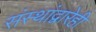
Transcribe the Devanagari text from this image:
संस्थांद्वारेही